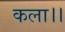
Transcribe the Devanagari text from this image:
कला।।